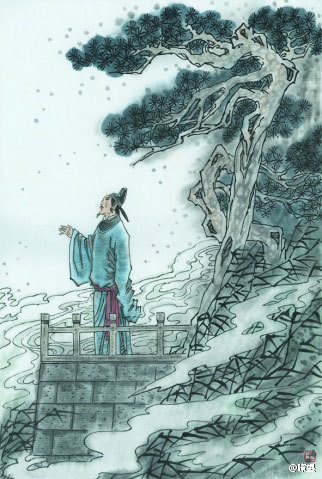
二十余年如一梦，此身虽在堪惊。